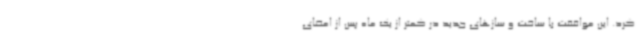
کرد. این موافقت با ساخت و سازهای جدید در کمتر از یک ماه پس از امضای